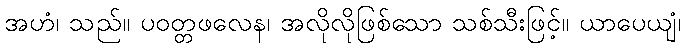
အဟံ၊ သည်။ ပဝတ္တဖလေန၊ အလိုလိုဖြစ်သော သစ်သီးဖြင့်။ ယာပေယျံ၊